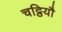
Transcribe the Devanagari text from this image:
चट्ठियौ